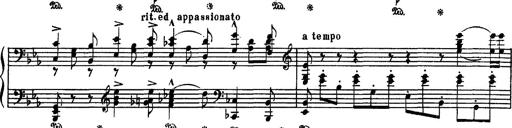
Title: Fantaisie sur des motifs favoris de l'opÃ©ra 'La sonnambula'
Composer: Franz Liszt